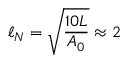
\ell _ { N } = \sqrt { \frac { 1 0 L } { A _ { 0 } } } \approx 2